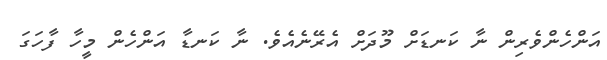
އަންހެންވެރިން ނާ ކަނޑަށް މޫދަށް އެރޭނެއެވެ. ނާ ކަނޑާ އަންހެން މީހާ ފާހަގަ